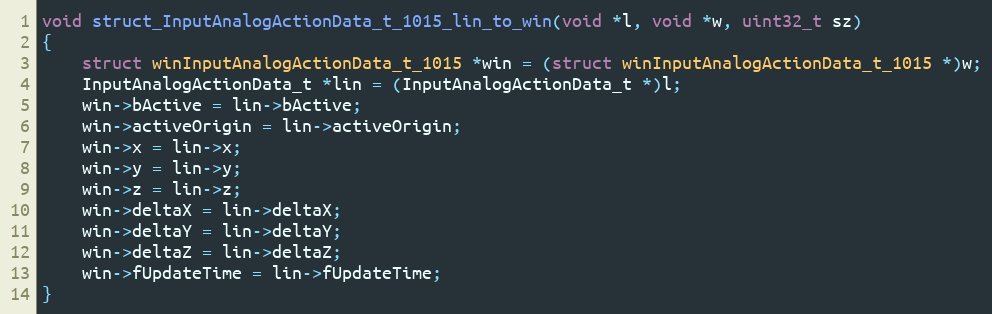
Language: C++
void struct_InputAnalogActionData_t_1015_lin_to_win(void *l, void *w, uint32_t sz)
{
    struct winInputAnalogActionData_t_1015 *win = (struct winInputAnalogActionData_t_1015 *)w;
    InputAnalogActionData_t *lin = (InputAnalogActionData_t *)l;
    win->bActive = lin->bActive;
    win->activeOrigin = lin->activeOrigin;
    win->x = lin->x;
    win->y = lin->y;
    win->z = lin->z;
    win->deltaX = lin->deltaX;
    win->deltaY = lin->deltaY;
    win->deltaZ = lin->deltaZ;
    win->fUpdateTime = lin->fUpdateTime;
}